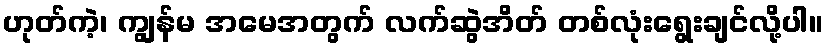
ဟုတ်ကဲ့၊ ကျွန်မ အမေအတွက် လက်ဆွဲအိတ် တစ်လုံးရွေးချင်လို့ပါ။